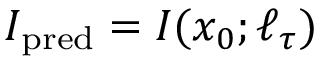
I _ { \mathrm { p r e d } } = I ( x _ { 0 } ; \ell _ { \tau } )